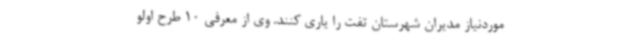
موردنیاز مدیران شهرستان تفت را یاری کنند. وی از معرفی 10 طرح اولو